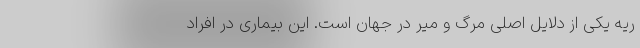
ریه یکی از دلایل اصلی مرگ و میر در جهان است. این بیماری در افراد